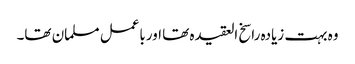
وہ بہت زیادہ راسخ العقیدہ تھا اورباعمل مسلمان تھا۔